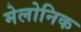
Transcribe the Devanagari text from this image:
मेलोनिक